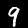
Label: 9